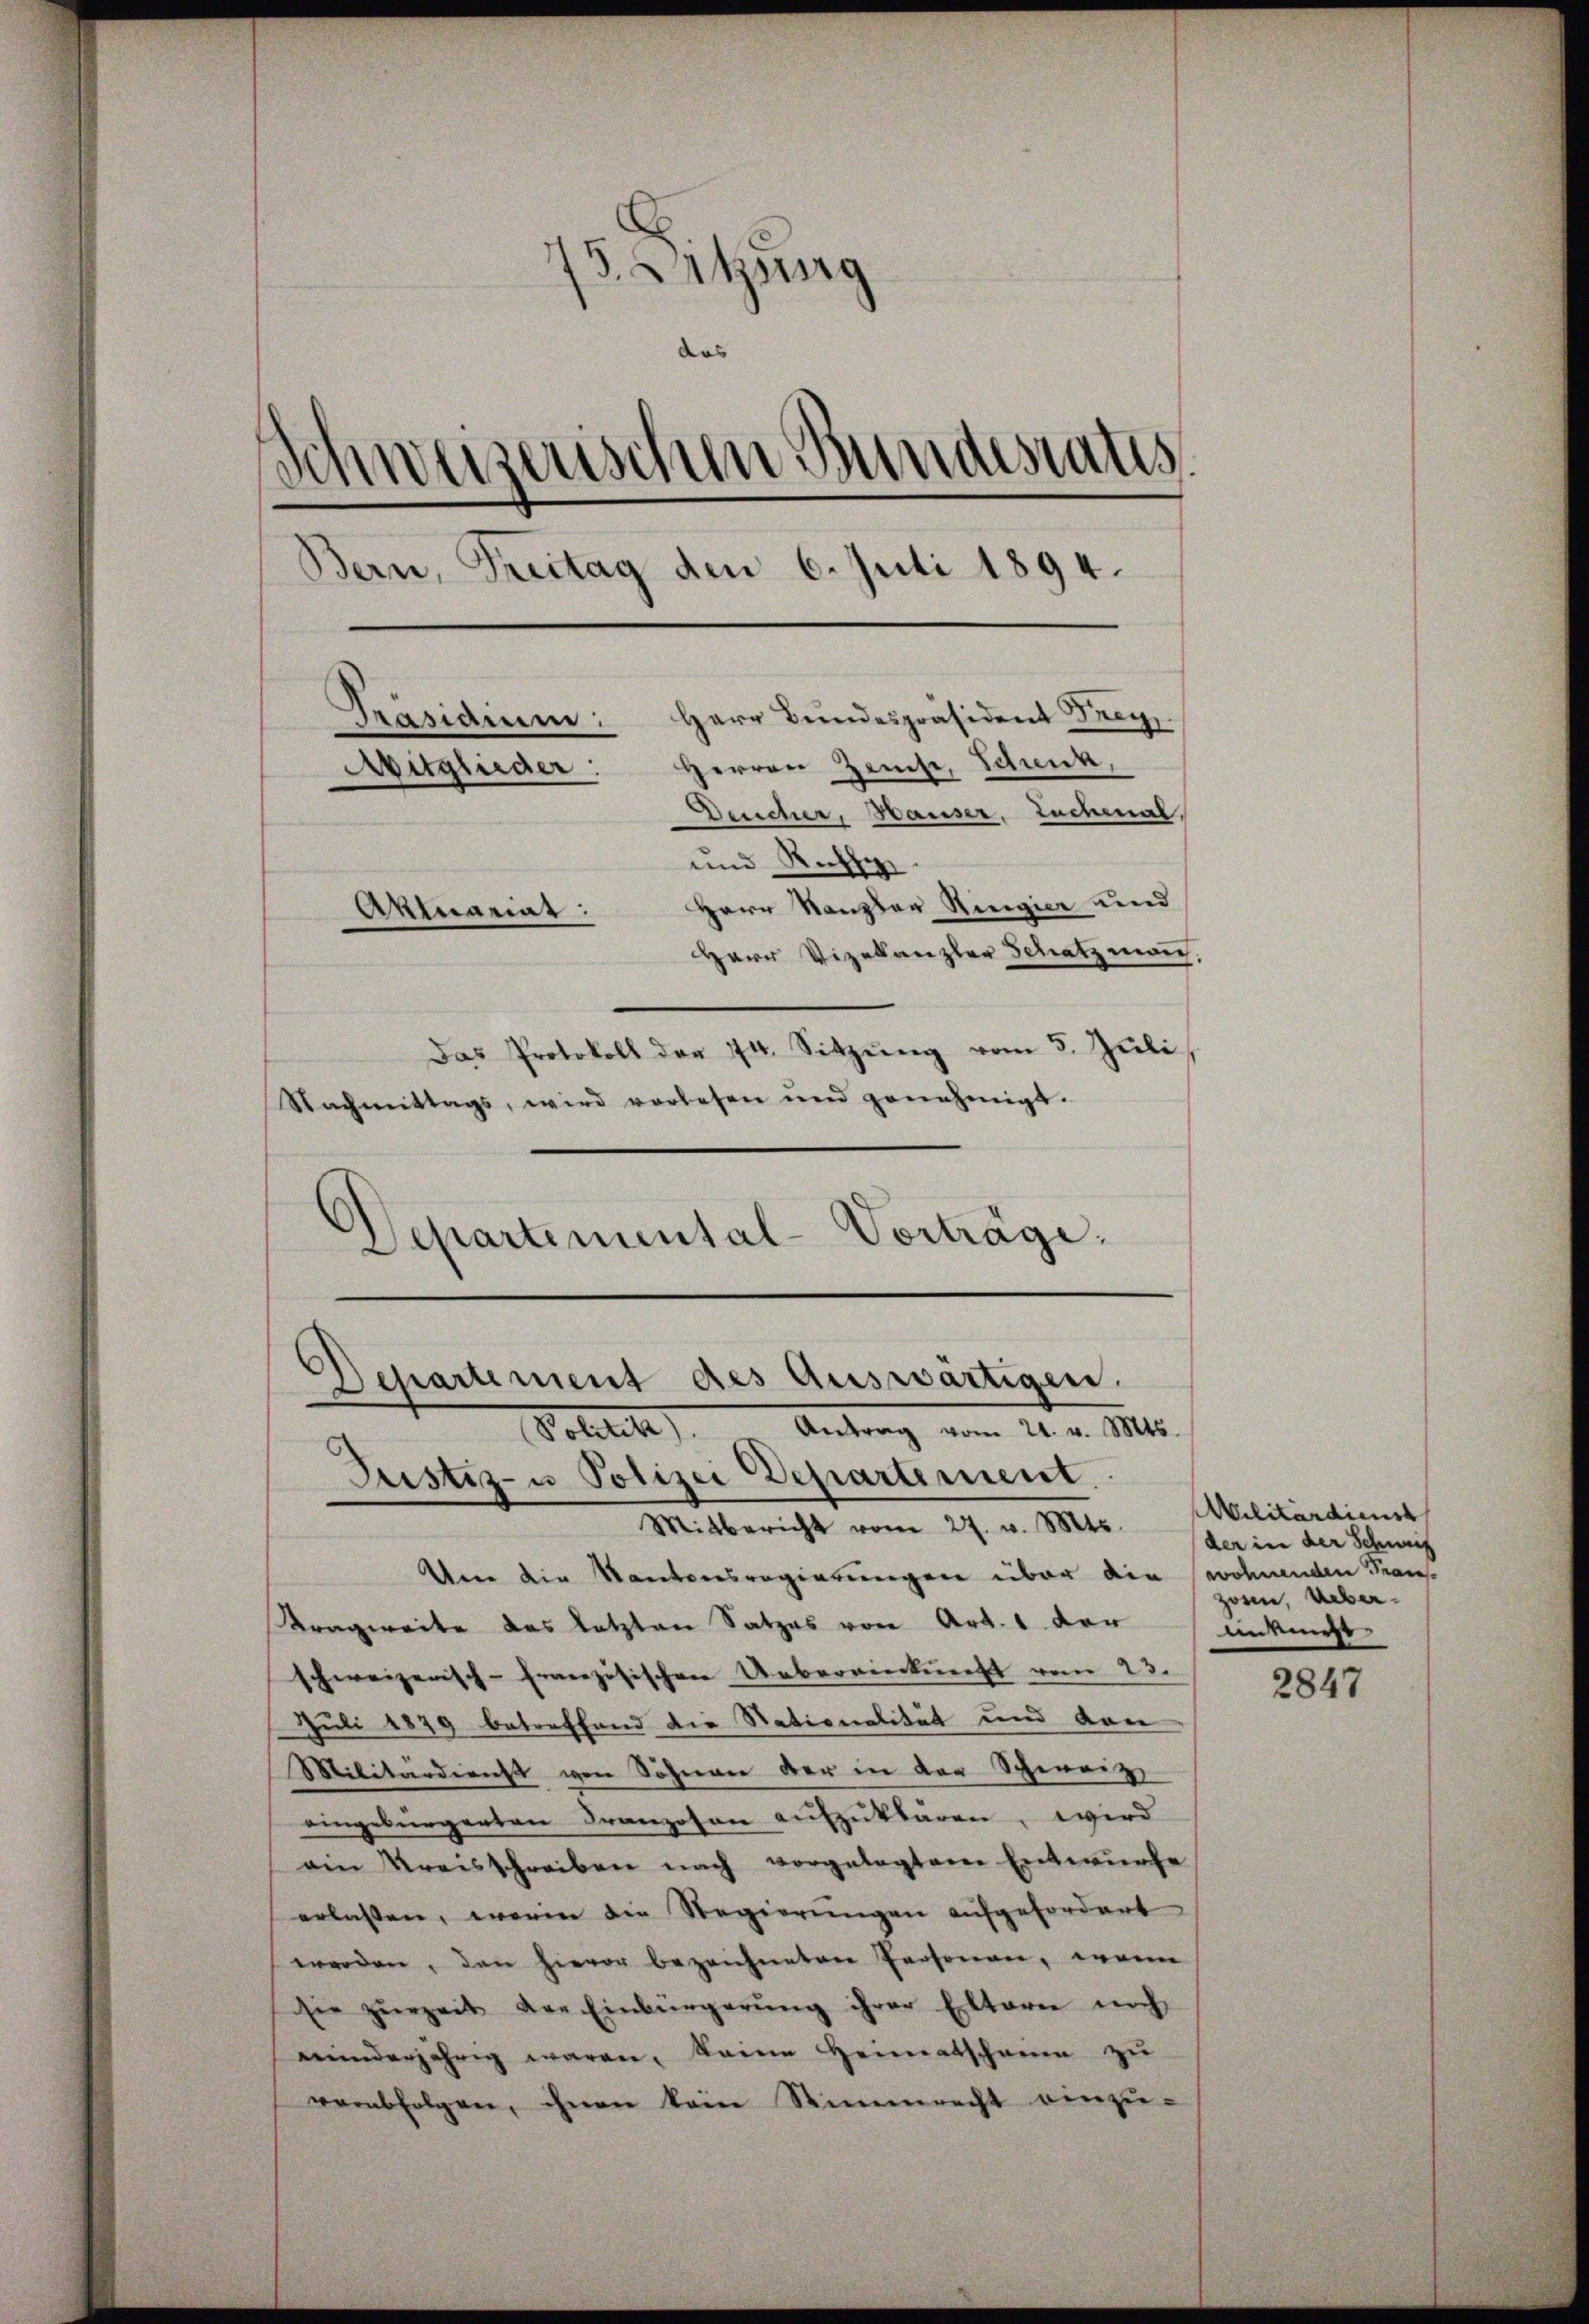
5. Satzung
das
izerischen Bundesrates
den
Bern, Freitag den 6. Juli 1894.
Herr Bundespräsident Frey
Präsidium:
Herren Zeise, Schenk,
Mitglieder:
Deucher, Hauser, Zuchmal,
und Rücksi
Herr Kanzler Ringier und
Aktuariat:
Herr Vizellanzler Schatzmann.
Das Protokoll der 74. Sitzŭng vom 5. Jŭli
Nachmittags, wird vorlesen und genehmigt.

Separtemental-Vorträge:

Departement des Auswärtigen.
Politik. Antrag vom 21. v. Mts.

Justiz- u Polizei Departement.
Mitbericht vom 27. v. Mts.
Urne die Kantonsregierungen über die wohnenden Fran¬
Kragweite das letzten Satzes von Art. 1 der
schweizerisch-Französischen Uebereinkunft vom 23.
Juli 1879 betreffend die Stationalität und den
Militärdienst von Söhnen der in der Schwarze
eingebürgerten Franzosen aufzuklären, wird
ain Kreisschreiben nach vorgelegtene Entwurfe
erlassen, worin die Regierŭngen aŭfgefordert
werden, den hievor bezeichneten Personen, wenn
sie zŭrzeit der Einbürgerŭng ihrer Elterie noch
einderjährig waren, keine Heimatschreien zu
verabfolgen, ihnen kein Stimmrecht einzu-

Militärdienst
der in der Schweif
zosen, Ueberidemest

2847